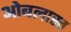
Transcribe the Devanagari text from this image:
ओबलास्त